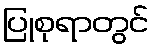
ပြုစုရာတွင်